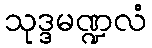
သုဒ္ဒမဏ္ဍလံ